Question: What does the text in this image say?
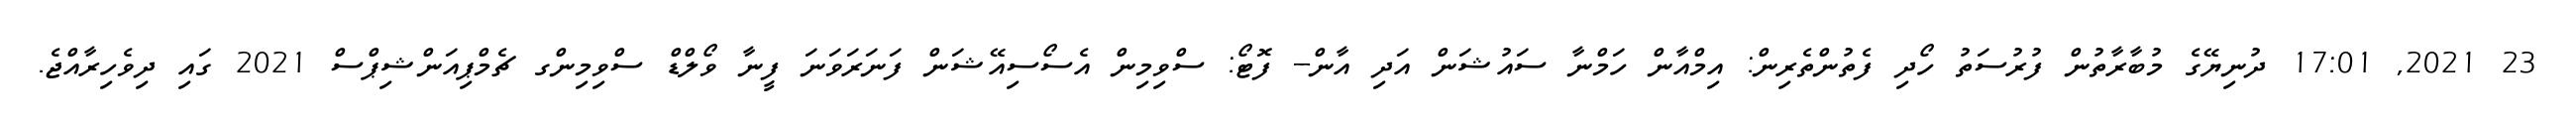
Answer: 23 2021, 17:01 ދުނިޔޭގެ މުބާރާތުން ފުރުސަތު ހޯދި ފެތުންތެރިން: އިމްއާން ހަމްނާ ސައުޝަން އަދި އާން-- ފޮޓޯ: ސްވިމިން އެސޯސިއޭޝަން ފަނަރަވަނަ ފީނާ ވޯލްޑް ސްވިމިންގ ޗެމްޕިއަންޝިޕްސް 2021 ގައި ދިވެހިރާއްޖެ.